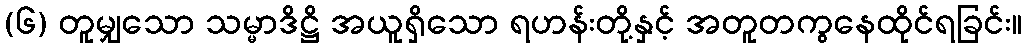
(၆) တူမျှသော သမ္မာဒိဋ္ဌိ အယူရှိသော ရဟန်းတို့နှင့် အတူတကွနေထိုင်ရခြင်း။